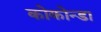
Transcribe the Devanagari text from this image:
कोकोन्डा